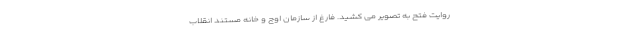
روایت فتح به تصویر می کشید. فارغ از سازمان اوج و خانه مستند انقلاب